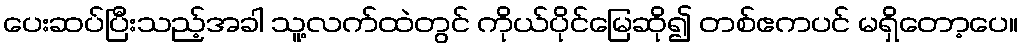
ပေးဆပ်ပြီးသည့်အခါ သူ့လက်ထဲတွင် ကိုယ်ပိုင်မြေဆို၍ တစ်ဧကပင် မရှိတော့ပေ။